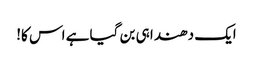
ایک دھندا ہی بن گیا ہے اس کا!